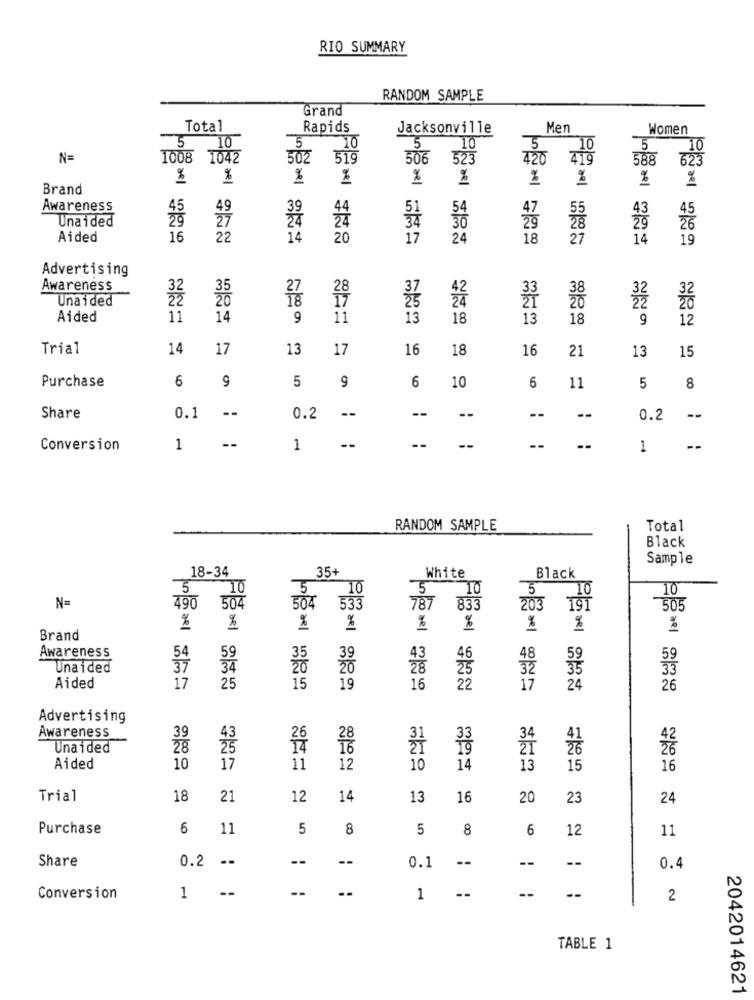
RIO SUMMARY
RANDOM SAMPLE
Grand
Total
Rapids
Jacksonville
Men
Women
5
10
5
10
5
10
5
10
5
10
N=
1008 1042
502
519
506
523
420
419
588
623
%
%
%
%
%
%
%
Brand
Awareness
44
47
Unaided
45
24
51
29
Aided
16
22
14
20
17
24
18
27
14
19
Advertising
Awareness
32
35
Unaided
22
20
27 28
38
32
Aided
11
14
9
11
13
18
13
18
9
12
Trial
14
17
13
17
16
18
16
21
13
15
Purchase
6
9
5
9
6
10
6
11
5
8
--
--
--
Share
0.1
0.2
--
--
--
0.2
--
--
--
Conversion
1
1
--
1
--
RANDOM SAMPLE
Total
Black
Sample
18-34
35+
White
Black
5
10
5
10
5
TO
10
490
N=
504
504
533
787
833
203
505
%
%
%
%
%
%
%
Brand
54
Awareness
59
48
59
Unaided
32
33
Aided
17
25
15
19
16
22
17
24
26
Advertising
Awareness
39
Unaided
28
27
42
Aided
10
17
11
12
10
14
13
15
16
Trial
18
21
12
14
13
16
20
23
24
Purchase
6
11
5
8
5
8
6
12
11
Share
0.2 --
--
--
--
--
--
0.1
0.4
--
--
Conversion
1
1
2
TABLE 1
2042014621